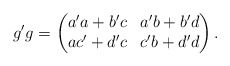
\begin{align*}g'g = \begin{pmatrix}a'a + b'c & a'b + b'd \\ ac' + d'c & c'b + d'd\end{pmatrix}.\end{align*}